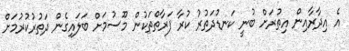
އެ އިދާރާއިން އިތުރަށް ބުނީ ކަނޑުދަތުރު ކުރާ ފަރާތްތަކުން މޫސުމަށް ބަލައިގެން ދަތުރުކުރުމަށް